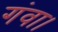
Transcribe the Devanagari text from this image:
गंवा।